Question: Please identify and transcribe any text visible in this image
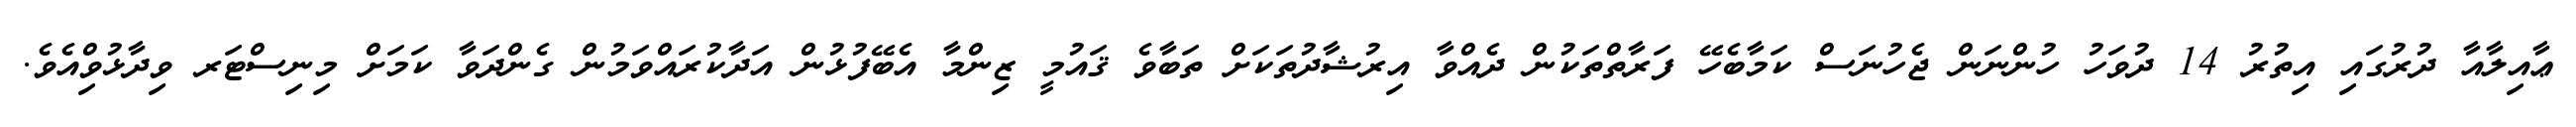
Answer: ޢާއިލާއާ ދުރުގައި އިތުރު 14 ދުވަހު ހުންނަން ޖެހުނަސް ކަމާބެހޭ ފަރާތްތަކުން ދެއްވާ އިރުޝާދުތަކަށް ތަބާވެ ޤައުމީ ޒިންމާ އެބޭފުޅުން އަދާކުރައްވަމުން ގެންދަވާ ކަމަށް މިނިސްޓަރ ވިދާޅުވިްއެވެ.